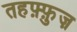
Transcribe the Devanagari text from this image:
तहफ़्फ़ुज़